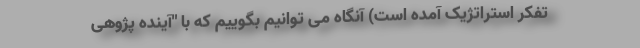
تفکر استراتژیک آمده است) آنگاه می توانیم بگوییم که با "آینده پژوهی